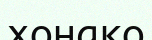
хонако